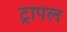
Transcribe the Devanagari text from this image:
ट्रापल